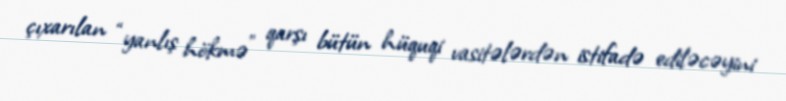
çıxarılan “yanlış hökmə” qarşı bütün hüquqi vasitələrdən istifadə ediləcəyini